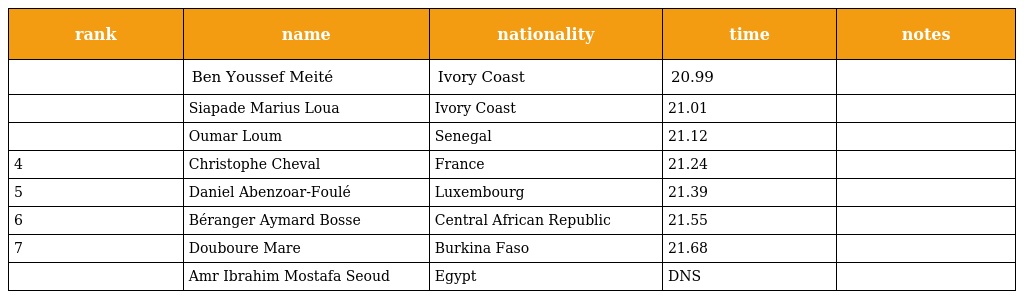
| rank | name | nationality | time | notes |
 | --- | --- | --- | --- | --- |
 |  | Ben Youssef Meité | Ivory Coast | 20.99 |  |
 |  | Siapade Marius Loua | Ivory Coast | 21.01 |  |
 |  | Oumar Loum | Senegal | 21.12 |  |
 | 4 | Christophe Cheval | France | 21.24 |  |
 | 5 | Daniel Abenzoar-Foulé | Luxembourg | 21.39 |  |
 | 6 | Béranger Aymard Bosse | Central African Republic | 21.55 |  |
 | 7 | Douboure Mare | Burkina Faso | 21.68 |  |
 |  | Amr Ibrahim Mostafa Seoud | Egypt | DNS |  |